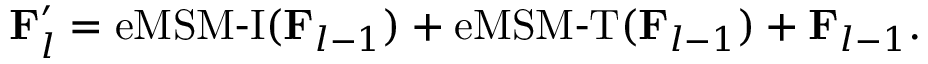
\mathbf { F } _ { l } ^ { \prime } = \operatorname { e M S M - I } ( \mathbf { F } _ { l - 1 } ) + \operatorname { e M S M - T } ( \mathbf { F } _ { l - 1 } ) + \mathbf { F } _ { l - 1 } .